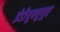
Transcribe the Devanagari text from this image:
ईडीयुक्युयुए